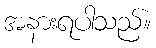
အနားရပါသည်။